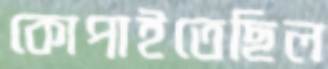
কোপাইতেছিল